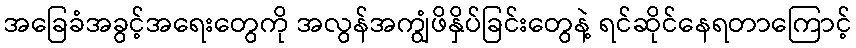
အခြေခံအခွင့်အရေးတွေကို အလွန်အကျွံဖိနှိပ်ခြင်းတွေနဲ့ ရင်ဆိုင်နေရတာကြောင့်